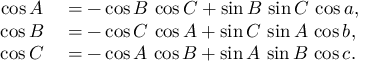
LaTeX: \begin{array} { r l } { \cos A } & { { } = - \cos B \, \cos C + \sin B \, \sin C \, \cos a , } \\ { \cos B } & { { } = - \cos C \, \cos A + \sin C \, \sin A \, \cos b , } \\ { \cos C } & { { } = - \cos A \, \cos B + \sin A \, \sin B \, \cos c . } \end{array}